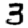
Digit: 3